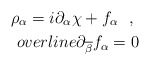
\begin{align*}\rho_\alpha = i\partial_\alpha \chi +f_\alpha \ \ , \ \\overline{\partial}_{\overline{\beta}}f_{\alpha} = 0 \end{align*}